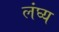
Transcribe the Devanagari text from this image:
लंघ्य